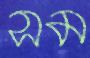
সম